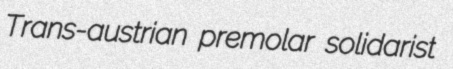
Trans-austrian premolar solidarist